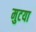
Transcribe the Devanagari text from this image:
मुटया